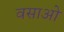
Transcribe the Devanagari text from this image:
वसाओ